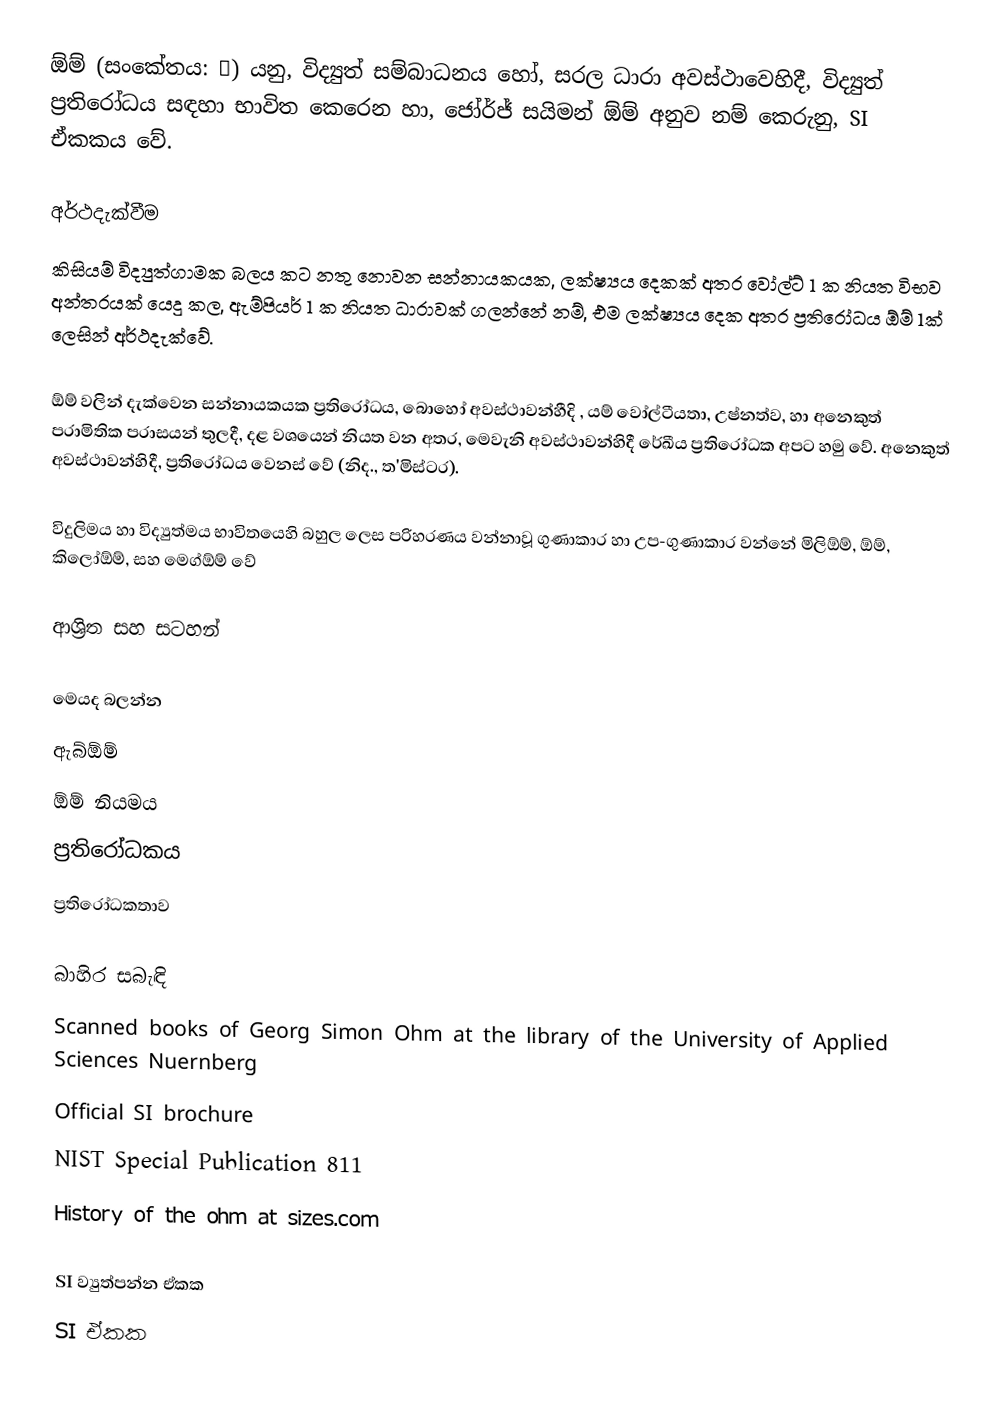
ඕම් (සංකේතය: Ω) යනු,  විද්‍යුත් සම්බාධනය හෝ, සරල ධාරා අවස්ථාවෙහිදී, විද්‍යුත් ප්‍රතිරෝධය සඳහා භාවිත කෙරෙන හා,  ජෝර්ජ් සයිමන් ඕම් අනුව නම් කෙරුනු, SI ඒකකය වේ.

අර්ථදැක්වීම
කිසියම්   විද්‍යුත්ගාමක බලය කට නතු නොවන සන්නායකයක, ලක්ෂ්‍යය දෙකක් අතර වෝල්ට් 1 ක නියත විභව අන්තරයක් යෙදු කල, ඇම්පියර් 1 ක නියත ධාරාවක් ගලන්නේ නම්, එම ලක්ෂ්‍යය දෙක අතර ප්‍රතිරෝධය ඕම් 1ක් ලෙසින් අර්ථදැක්වේ.

ඕම් වලින් දැක්වෙන  සන්නායකයක ප්‍රතිරෝධය, බොහෝ අවස්ථාවන්හීදි , යම් වෝල්ටීයතා, උෂ්නත්ව, හා අනෙකුත් පරාමිතික පරාසයන් තුලදී, දළ වශයෙන් නියත වන අතර,  මෙවැනි අවස්ථාවන්හිදී  රේඛීය ප්‍රතිරෝධක අපට හමු වේ. අනෙකුත් අවස්ථාවන්හිදී,  ප්‍රතිරෝධය වෙනස් වේ (නිද., ත'මිස්ටර).

විදුලිමය හා විද්‍යුත්මය භාවිතයෙහි බහුල ලෙස පරිහරණය වන්නාවූ ගුණාකාර හා උප-ගුණාකාර වන්නේ මිලිඕම්, ඕම්, කිලෝඕම්, සහ මෙග්ඕම් වේ

ආශ්‍රිත සහ සටහන්

මෙයද බලන්න
 ඇබ්ඕම්
 ඕම් නියමය
 ප්‍රතිරෝධකය
 ප්‍රතිරෝධකතාව

බාහිර සබැඳි
 Scanned books of Georg Simon Ohm at the library of the University of Applied Sciences Nuernberg
 Official SI brochure
 NIST Special Publication 811
 History of the ohm at sizes.com

SI ව්‍යුත්පන්න ඒකක
SI ඒකක